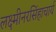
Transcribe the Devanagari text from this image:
लक्ष्मीनरसिंहाचार्य